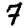
Digit: 7